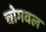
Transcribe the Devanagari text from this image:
चोगवल